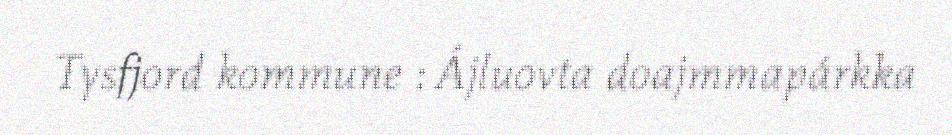
Tysfjord kommune : Ájluovta doajmmapárkka